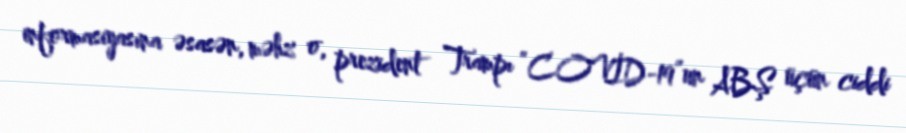
informasiyasına əsasən, məhz o, prezident Trampı “COVİD-19”un ABŞ üçün ciddi